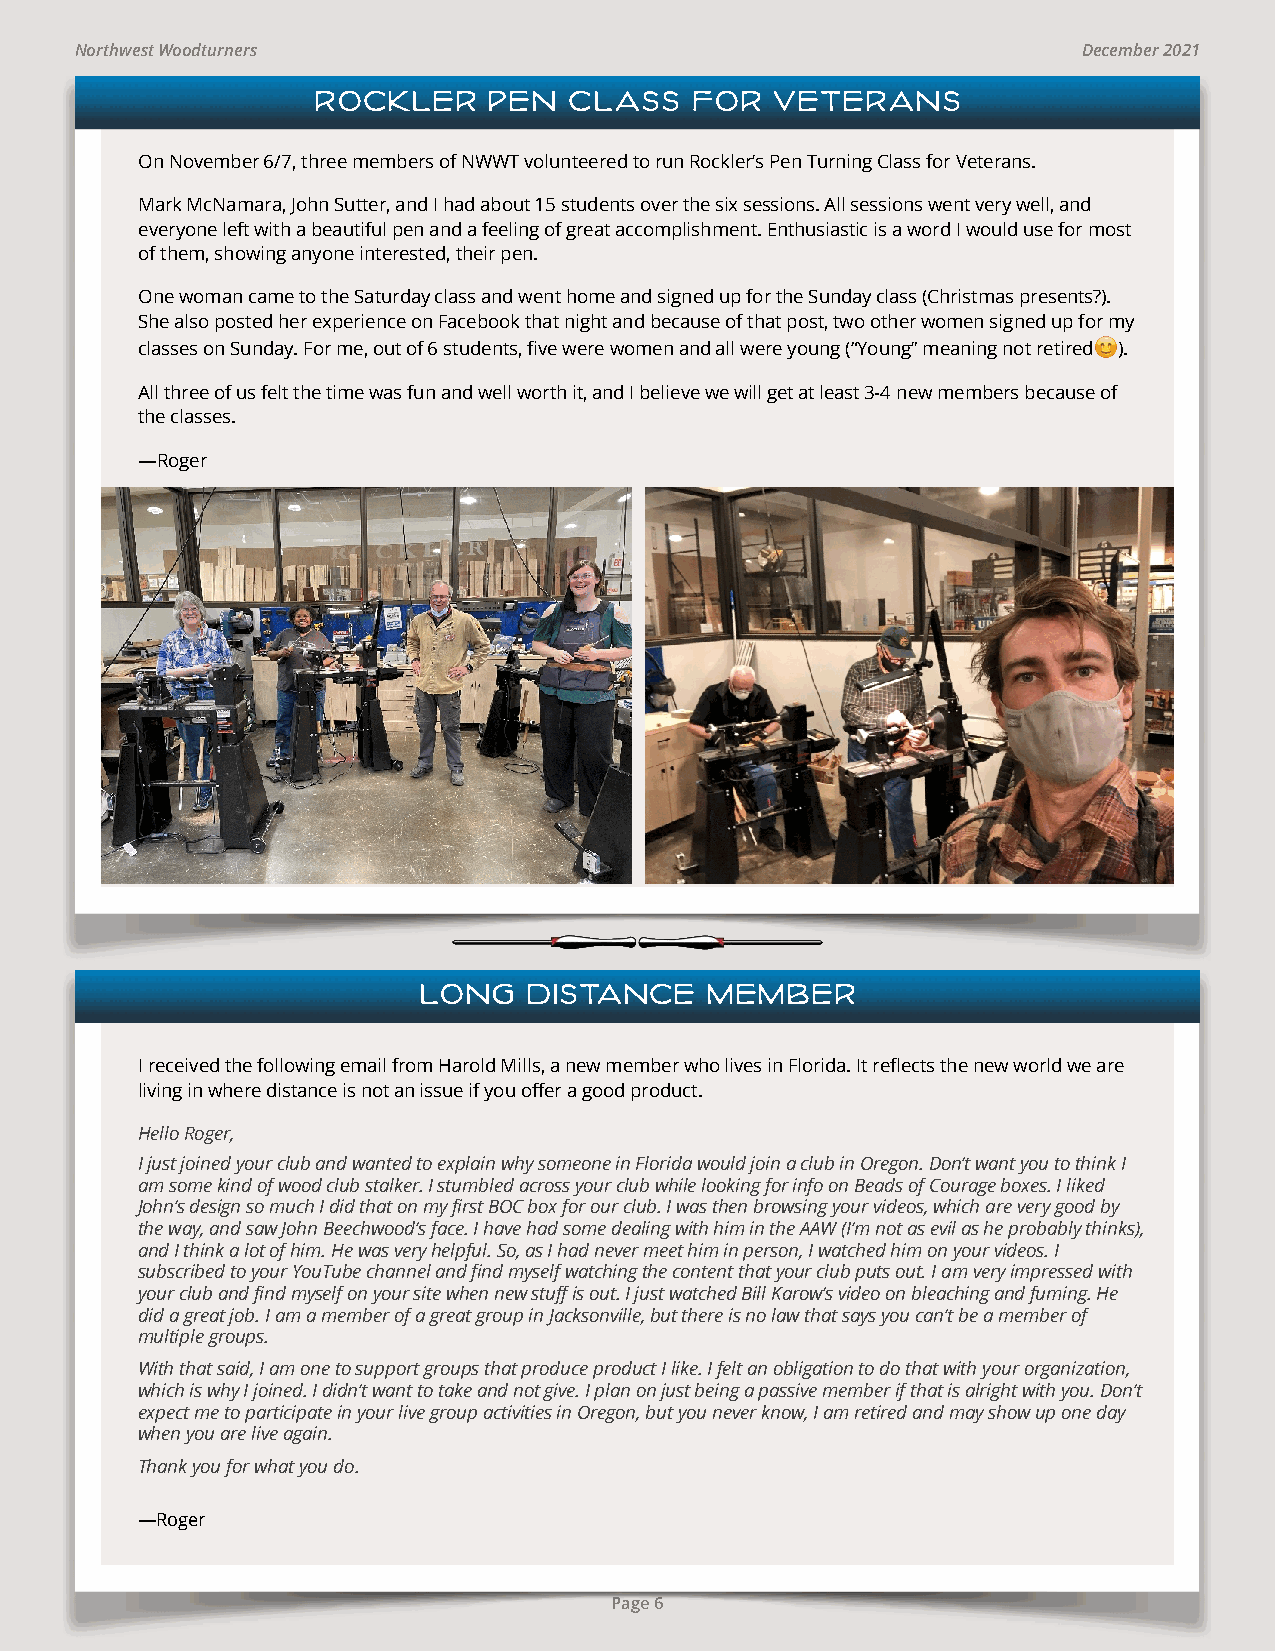
Northwest Woodturners                                              December 2021
 ROCKLER    PEN   CLASS   FOR  VETERANS
 On November 6/7, three members of NWWT volunteered to run Rockler’s Pen Turning Class for Veterans.
 Mark McNamara, John Sutter, and I had about 15 students over the six sessions. All sessions went very well, and
 everyone left with a beautiful pen and a feeling of great accomplishment. Enthusiastic is a word I would use for most
 of them, showing anyone interested, their pen.
 One woman came to the Saturday class and went home and signed up for the Sunday class (Christmas presents?).
 She also posted her experience on Facebook that night and because of that post, two other women signed up for my
 classes on Sunday. For me, out of 6 students, five were women and all were young (“Young” meaning not retired😊).
 All three of us felt the time was fun and well worth it, and I believe we will get at least 3-4 new members because of
 the classes.
 —Roger
 LONG   DISTANCE    MEMBER
 I received the following email from Harold Mills, a new member who lives in Florida. It reflects the new world we are
 living in where distance is not an issue if you offer a good product.
 Hello Roger,
 I just joined your club and wanted to explain why someone in Florida would join a club in Oregon. Don’t want you to think I
 am some kind of wood club stalker. I stumbled across your club while looking for info on Beads of Courage boxes. I liked
 John’s design so much I did that on my first BOC box for our club. I was then browsing your videos, which are very good by
 the way, and saw John Beechwood’s face. I have had some dealing with him in the AAW (I’m not as evil as he probably thinks),
 and I think a lot of him. He was very helpful. So, as I had never meet him in person, I watched him on your videos. I
 subscribed to your YouTube channel and find myself watching the content that your club puts out. I am very impressed with
 your club and find myself on your site when new stuff is out. I just watched Bill Karow’s video on bleaching and fuming. He
 did a great job. I am a member of a great group in Jacksonville, but there is no law that says you can’t be a member of
 multiple groups.
 With that said, I am one to support groups that produce product I like. I felt an obligation to do that with your organization,
 which is why I joined. I didn’t want to take and not give. I plan on just being a passive member if that is alright with you. Don’t
 expect me to participate in your live group activities in Oregon, but you never know, I am retired and may show up one day
 when you are live again.
 Thank you for what you do.
 —Roger
 Page 6